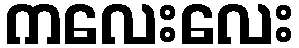
ကလေးလေး